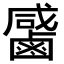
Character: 𪉳